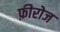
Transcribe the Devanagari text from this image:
फ़ीरोज